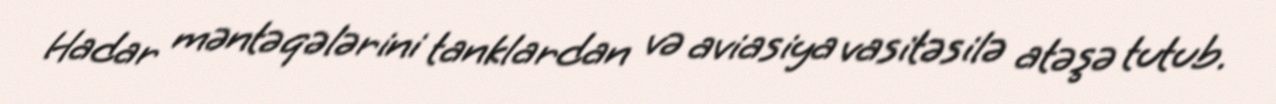
Hadar məntəqələrini tanklardan və aviasiya vasitəsilə atəşə tutub.